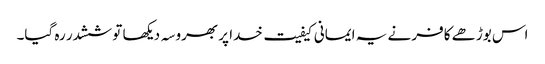
اس بوڑھے کافر نے یہ ایمانی کیفیت خدا پر بھروسہ دیکھا تو ششدر رہ گیا۔